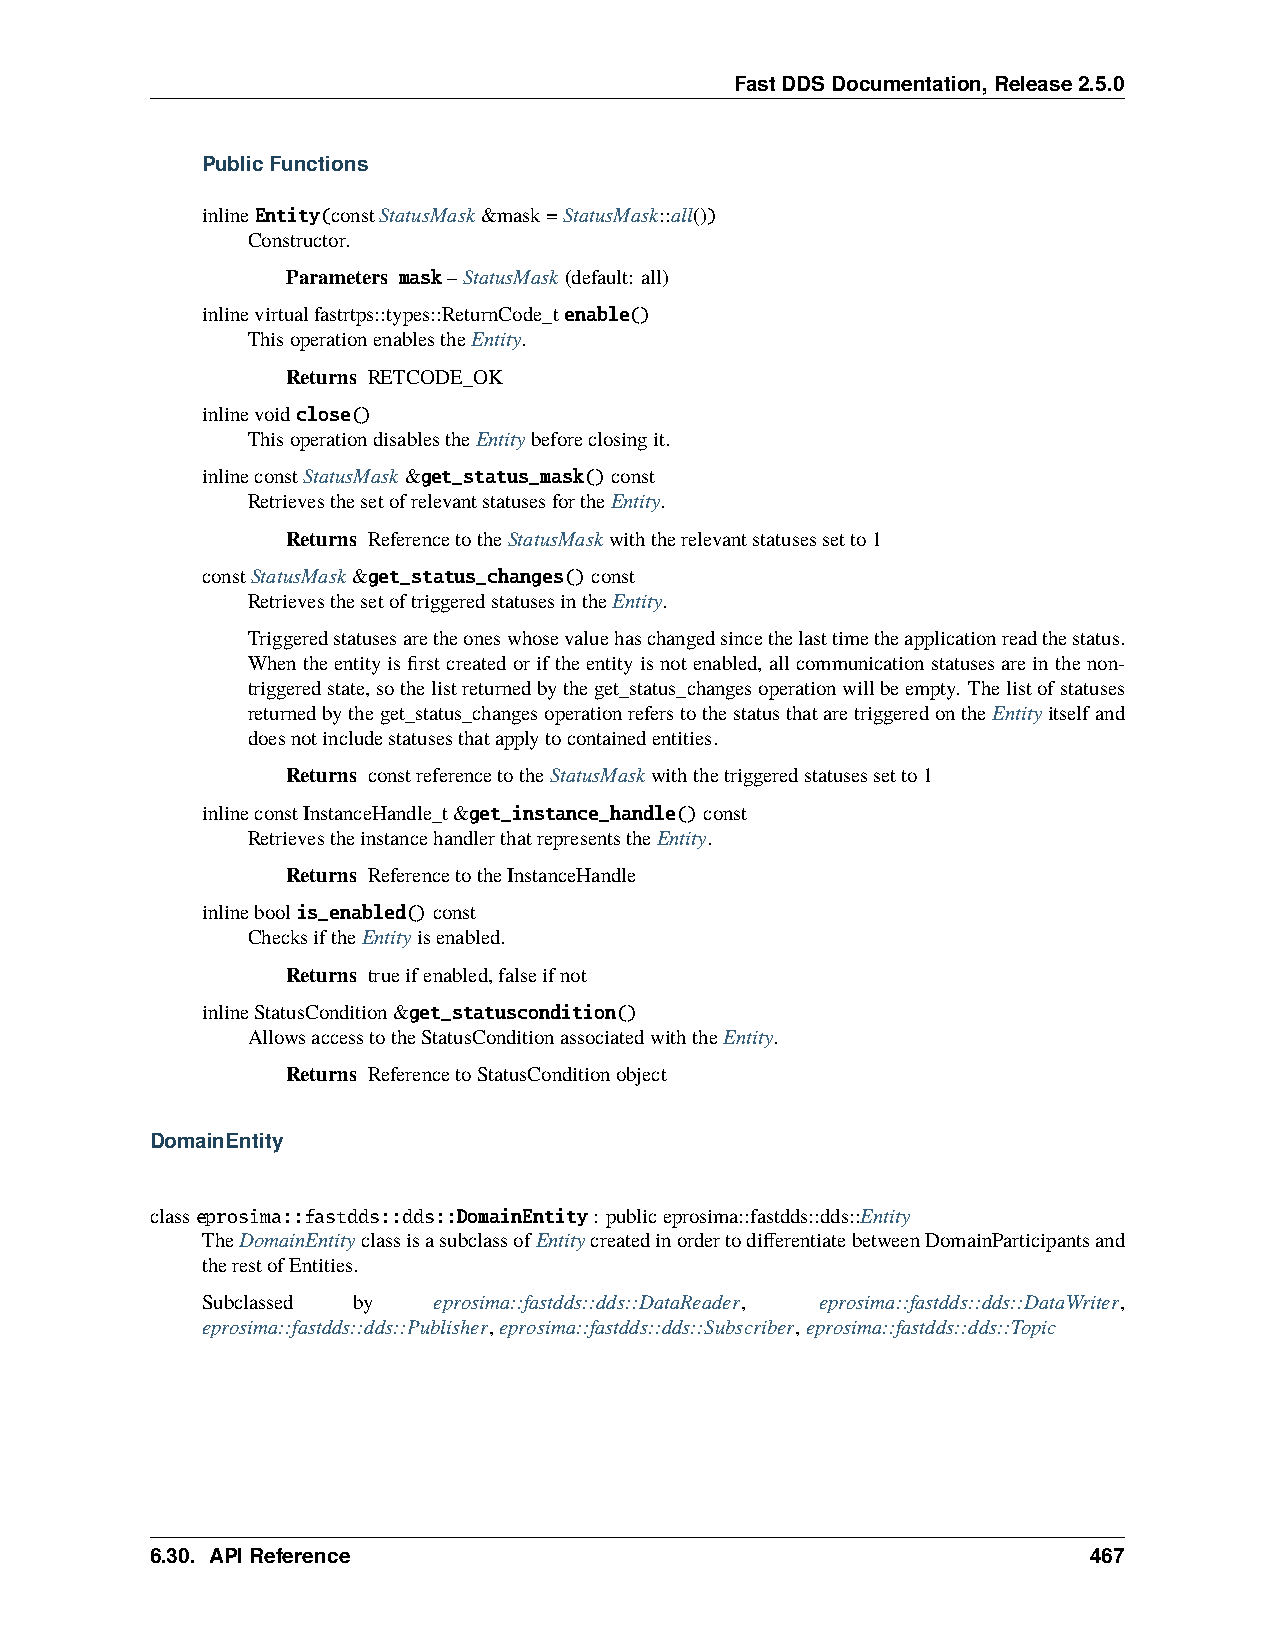
FastDDSDocumentation,Release2.5.0
 PublicFunctions
 inlineEntity(constStatusMask&mask=StatusMask::all())
 Constructor.
 Parameters mask–StatusMask(default: all)
 inlinevirtualfastrtps::types::ReturnCode_tenable()
 ThisoperationenablestheEntity.
 Returns RETCODE_OK
 inlinevoidclose()
 ThisoperationdisablestheEntitybeforeclosingit.
 inlineconstStatusMask&get_status_mask()const
 RetrievesthesetofrelevantstatusesfortheEntity.
 Returns ReferencetotheStatusMaskwiththerelevantstatusessetto1
 constStatusMask&get_status_changes()const
 RetrievesthesetoftriggeredstatusesintheEntity.
 Triggeredstatusesaretheoneswhosevaluehaschangedsincethelasttimetheapplicationreadthestatus.
 Whentheentityisfirstcreatedoriftheentityisnotenabled, allcommunicationstatusesareinthenon-
 triggeredstate,sothelistreturnedbytheget_status_changesoperationwillbeempty. Thelistofstatuses
 returnedbytheget_status_changesoperationreferstothestatusthataretriggeredontheEntityitselfand
 doesnotincludestatusesthatapplytocontainedentities.
 Returns constreferencetotheStatusMaskwiththetriggeredstatusessetto1
 inlineconstInstanceHandle_t&get_instance_handle()const
 RetrievestheinstancehandlerthatrepresentstheEntity.
 Returns ReferencetotheInstanceHandle
 inlineboolis_enabled()const
 ChecksiftheEntityisenabled.
 Returns trueifenabled,falseifnot
 inlineStatusCondition&get_statuscondition()
 AllowsaccesstotheStatusConditionassociatedwiththeEntity.
 Returns ReferencetoStatusConditionobject
 DomainEntity
 classeprosima::fastdds::dds::DomainEntity: publiceprosima::fastdds::dds::Entity
 TheDomainEntityclassisasubclassofEntitycreatedinordertodifferentiatebetweenDomainParticipantsand
 therestofEntities.
 Subclassed by   eprosima::fastdds::dds::DataReader, eprosima::fastdds::dds::DataWriter,
 eprosima::fastdds::dds::Publisher,eprosima::fastdds::dds::Subscriber,eprosima::fastdds::dds::Topic
 6.30. APIReference                                            467